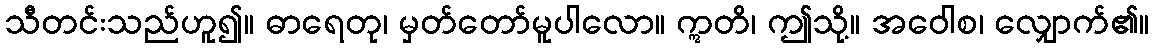
သီတင်းသည်ဟူ၍။ ဓာရေတု၊ မှတ်တော်မူပါလော။ ဣတိ၊ ဤသို့။ အဝေါစ၊ လျှောက်၏။